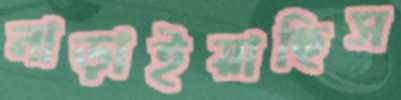
নাড়াইয়াছিস